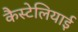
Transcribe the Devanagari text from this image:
कैस्टेलियाई